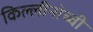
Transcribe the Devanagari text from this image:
किल्लीनोच्ची